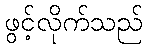
ဖွင့်လိုက်သည်